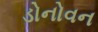
ડોનોવન